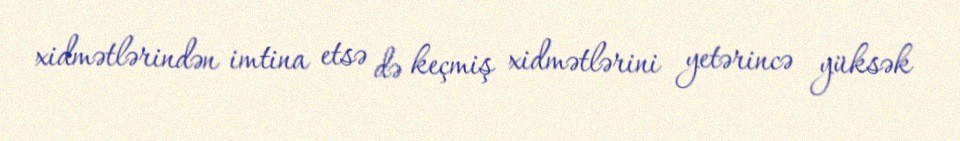
xidmətlərindən imtina etsə də keçmiş xidmətlərini yetərincə yüksək